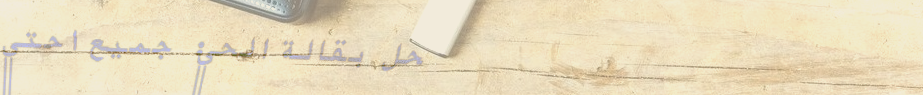
محل بقالة الحي: جميع احتي